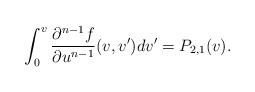
\begin{align*} \int_0^v\frac{\partial^{n-1}f}{\partial u^{n-1}}(v,v')dv'=P_{2,1}(v).\end{align*}